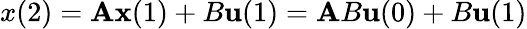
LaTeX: x(2)=\mathbf{A}{\textbf{{x}}}(1)+B{\textbf{{u}}}(1)=\mathbf{A}B{\textbf{{u}}}(0)+B{\textbf{{u}}}(1)